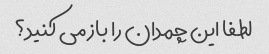
لطفا این چمدان را باز می کنید؟